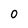
Character: 0